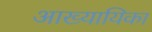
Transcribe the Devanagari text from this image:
अाख्यायिका